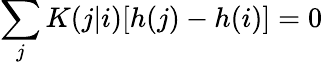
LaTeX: \sum_{j}K(j|i)[h(j)-h(i)]=0